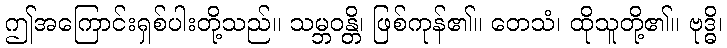
ဤအကြောင်းရှစ်ပါးတို့သည်။ သမ္ဘဝန္တိ၊ ဖြစ်ကုန်၏။ တေသံ၊ ထိုသူတို့၏။ ဗုဒ္ဓိ၊